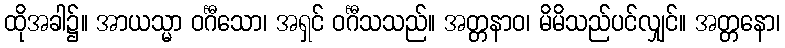
ထိုအခါ၌။ အာယသ္မာ ဝင်္ဂီသော၊ အရှင် ဝင်္ဂီသသည်။ အတ္တနာဝ၊ မိမိသည်ပင်လျှင်။ အတ္တနော၊